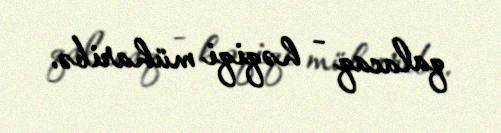
qalacaq - həqiqi müharibə.